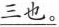
\underline{三也}。